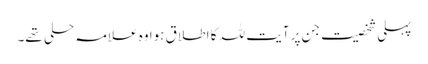
پہلی شخصیت جن پر آیت للہ کا اطلاق ہوا وہ علامہ حلی تھے۔